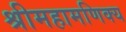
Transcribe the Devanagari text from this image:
श्रीमहामणिक्य